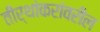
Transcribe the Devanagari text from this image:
तीर्थांकरांवरील